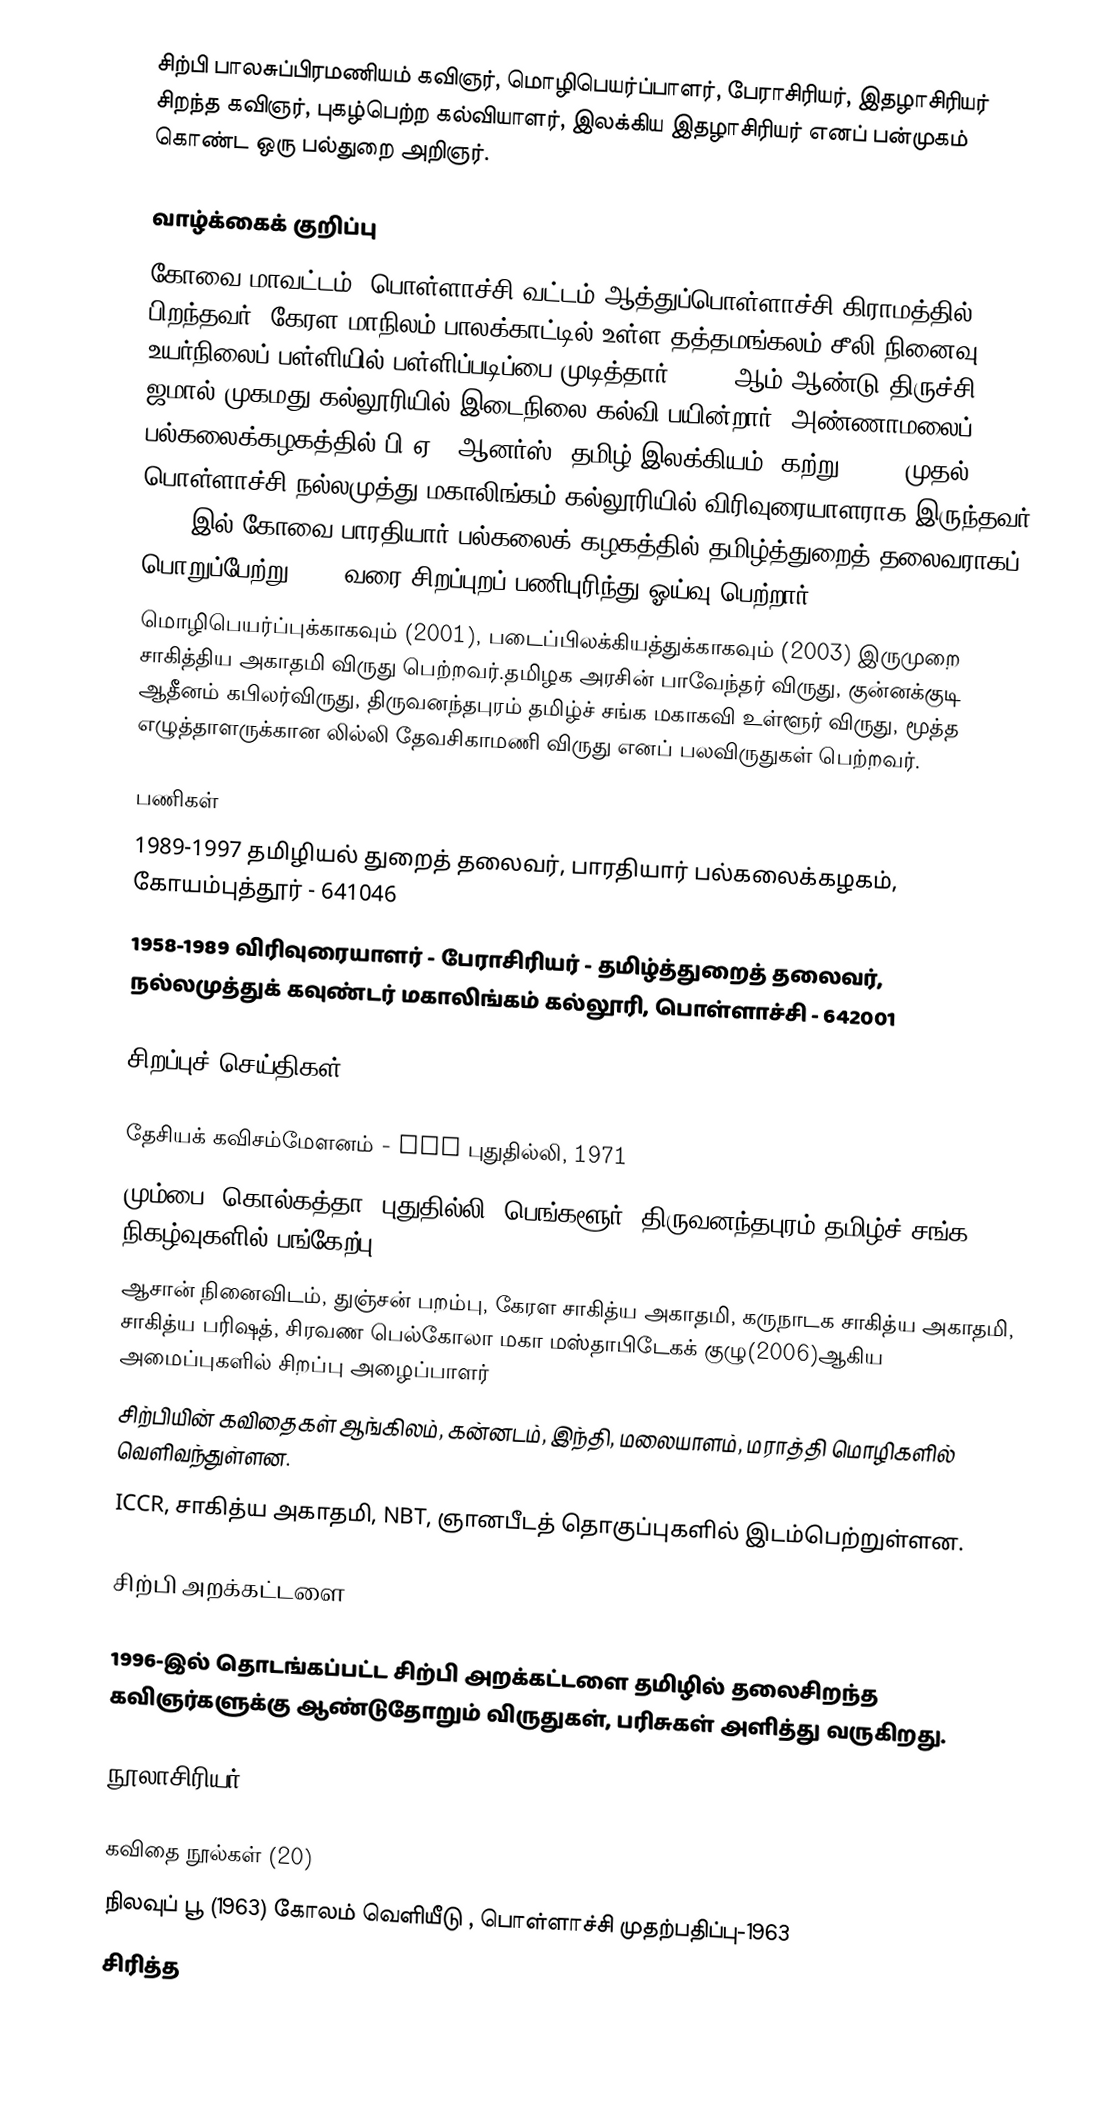
சிற்பி பாலசுப்பிரமணியம் கவிஞர், மொழிபெயர்ப்பாளர், பேராசிரியர், இதழாசிரியர் சிறந்த கவிஞர், புகழ்பெற்ற கல்வியாளர், இலக்கிய இதழாசிரியர் எனப் பன்முகம் கொண்ட ஒரு பல்துறை அறிஞர்.

வாழ்க்கைக் குறிப்பு
கோவை மாவட்டம்,  பொள்ளாச்சி வட்டம் ஆத்துப்பொள்ளாச்சி கிராமத்தில் பிறந்தவர். கேரள மாநிலம் பாலக்காட்டில் உள்ள தத்தமங்கலம் சீலி நினைவு உயர்நிலைப் பள்ளியில் பள்ளிப்படிப்பை முடித்தார். 1953 ஆம் ஆண்டு திருச்சி ஜமால் முகமது கல்லூரியில் இடைநிலை கல்வி பயின்றார். அண்ணாமலைப் பல்கலைக்கழகத்தில் பி.ஏ., ஆனர்ஸ் (தமிழ் இலக்கியம்) கற்று, 1958 முதல் பொள்ளாச்சி நல்லமுத்து மகாலிங்கம் கல்லூரியில் விரிவுரையாளராக இருந்தவர்.  1989-இல் கோவை   பாரதியார் பல்கலைக் கழகத்தில்   தமிழ்த்துறைத் தலைவராகப் பொறுப்பேற்று 1997 வரை சிறப்புறப் பணிபுரிந்து ஓய்வு பெற்றார்.
மொழிபெயர்ப்புக்காகவும் (2001), படைப்பிலக்கியத்துக்காகவும் (2003) இருமுறை சாகித்திய அகாதமி விருது பெற்றவர்.தமிழக அரசின் பாவேந்தர் விருது, குன்னக்குடி ஆதீனம் கபிலர்விருது, திருவனந்தபுரம் தமிழ்ச் சங்க மகாகவி உள்ளூர் விருது, மூத்த எழுத்தாளருக்கான லில்லி தேவசிகாமணி விருது எனப் பலவிருதுகள் பெற்றவர்.

பணிகள்
1989-1997   தமிழியல் துறைத் தலைவர், பாரதியார் பல்கலைக்கழகம், கோயம்புத்தூர் - 641046
1958-1989   விரிவுரையாளர் - பேராசிரியர் - தமிழ்த்துறைத் தலைவர், நல்லமுத்துக் கவுண்டர் மகாலிங்கம் கல்லூரி, பொள்ளாச்சி - 642001

சிறப்புச் செய்திகள்:

 தேசியக் கவிசம்மேளனம் - AIR  புதுதில்லி, 1971
 மும்பை, கொல்கத்தா, புதுதில்லி, பெங்களூர், திருவனந்தபுரம் தமிழ்ச் சங்க நிகழ்வுகளில் பங்கேற்பு
 ஆசான்  நினைவிடம்,   துஞ்சன் பறம்பு,   கேரள  சாகித்ய அகாதமி,  கருநாடக  சாகித்ய அகாதமி, சாகித்ய பரிஷத், சிரவண பெல்கோலா மகா மஸ்தாபிடேகக் குழு(2006)ஆகிய அமைப்புகளில் சிறப்பு அழைப்பாளர்
 சிற்பியின் கவிதைகள் ஆங்கிலம், கன்னடம், இந்தி, மலையாளம், மராத்தி மொழிகளில் வெளிவந்துள்ளன.
 ICCR,  சாகித்ய அகாதமி, NBT, ஞானபீடத் தொகுப்புகளில் இடம்பெற்றுள்ளன.

சிற்பி அறக்கட்டளை

1996-இல் தொடங்கப்பட்ட சிற்பி அறக்கட்டளை தமிழில் தலைசிறந்த கவிஞர்களுக்கு ஆண்டுதோறும் விருதுகள், பரிசுகள் அளித்து வருகிறது.

நூலாசிரியர்

கவிதை நூல்கள் (20)
 நிலவுப் பூ (1963) கோலம் வெளியீடு , பொள்ளாச்சி முதற்பதிப்பு-1963
 சிரித்த